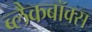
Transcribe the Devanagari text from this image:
ब्लैकबॉक्स